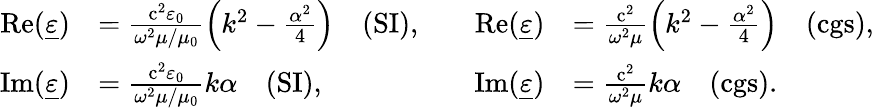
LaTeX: {\begin{array}{rlrl}{\operatorname{Re}({\underline{{\varepsilon}}})}&{={\frac{\mathrm{c}^{2}\varepsilon_{0}}{\omega^{2}\mu/\mu_{0}}}\! \left(k^{2}-{\frac{\alpha^{2}}{4}}\right)\quad{\mathrm{(SI)}},\quad}&{\operatorname{Re}({\underline{{\varepsilon}}})}&{={\frac{\mathrm{c}^{2}}{\omega^{2}\mu}}\! \left(k^{2}-{\frac{\alpha^{2}}{4}}\right)\quad{\mathrm{(cgs)}},}\\ {\operatorname{Im}({\underline{{\varepsilon}}})}&{={\frac{\mathrm{c}^{2}\varepsilon_{0}}{\omega^{2}\mu/\mu_{0}}}k\alpha\quad{\mathrm{(SI)}},}&{\operatorname{Im}({\underline{{\varepsilon}}})}&{={\frac{\mathrm{c}^{2}}{\omega^{2}\mu}}k\alpha\quad{\mathrm{(cgs)}}.}\end{array}}